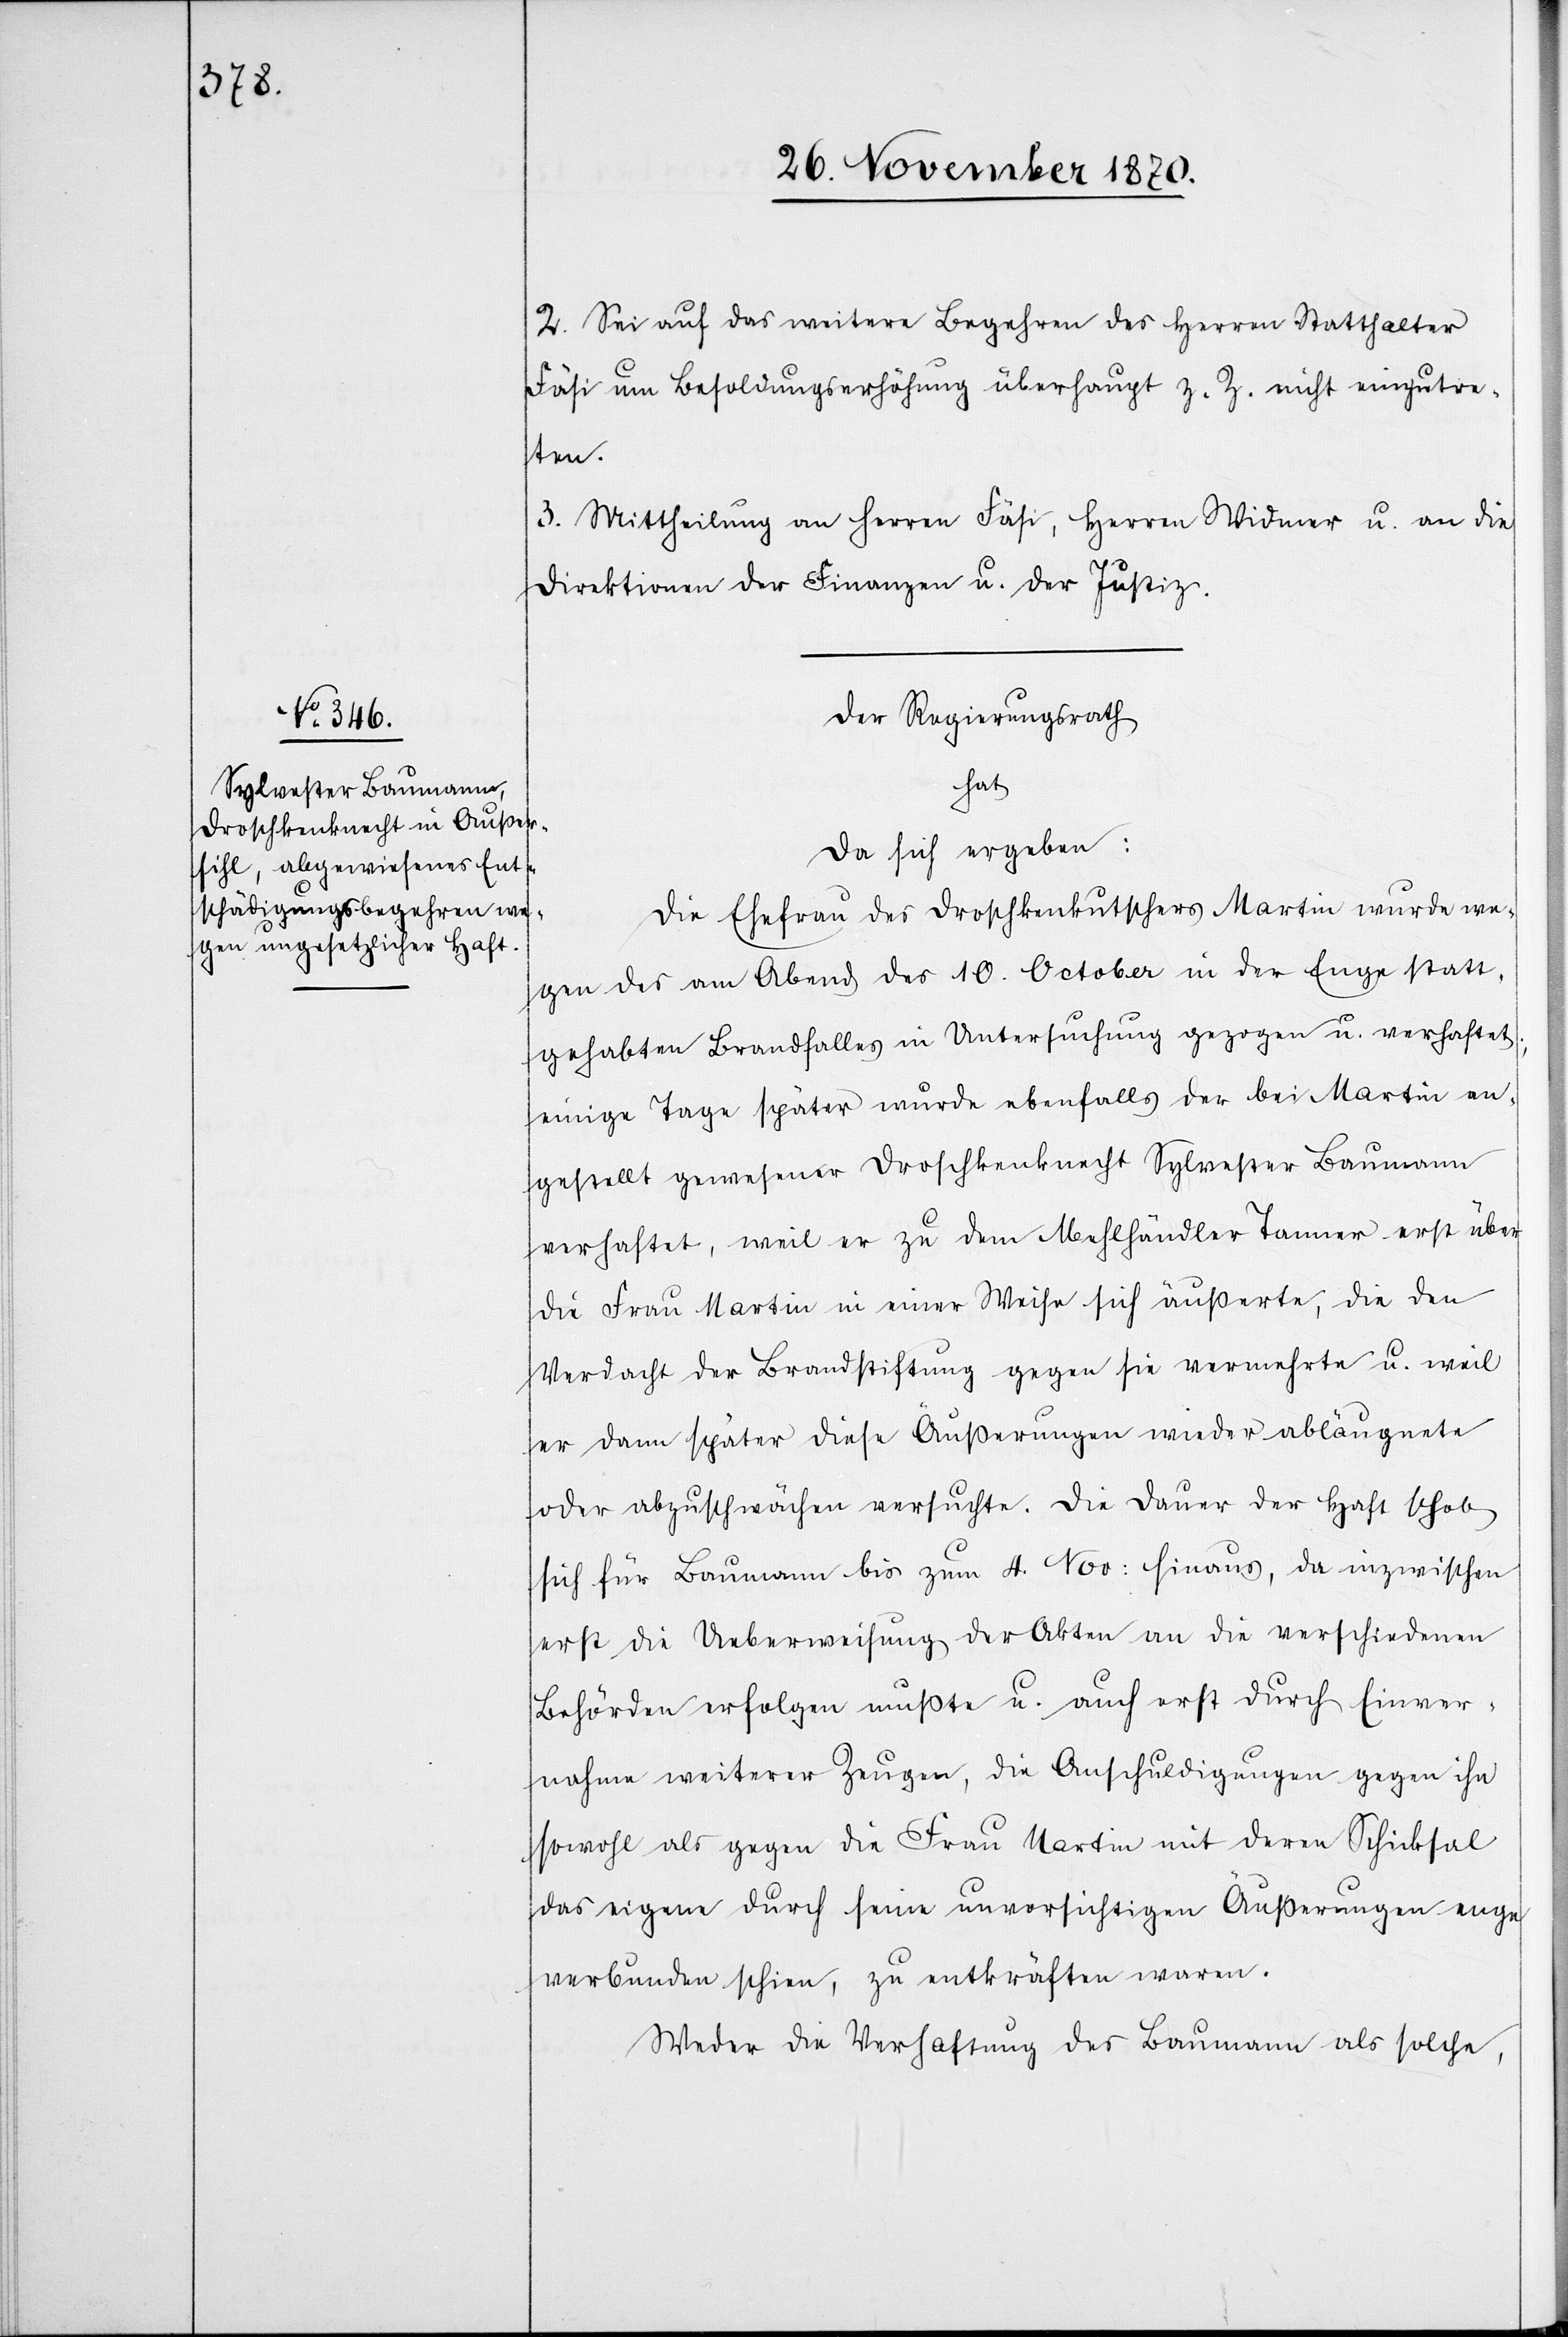
2. Sei auf das weitere Begehren des Herren Statthalter
Fäfi um Besoldungserhöhung überhaupt z. Z. nicht einzutre¬
ten.
3. Mittheilung an Herren Fäfi, Herren Widmer u. an die
Direktionen der Finanzen u. der Justiz.
Der Regierungsrath
hat
da sich ergeben:
Die Ehefrau des Droschkenkutschers Martin wurde we¬
gen des am Abend des 10. October in der Enge statt¬
gehabten Brandfalles in Untersuchung gezogen u. verhaftet;
einige Tage später wurde ebenfalls der bei Martin an¬
gestellt gewesene Droschkenknecht Sylvester Baumann
verhaftet, weil er zu dem Mehlhändler Tanner erst über
die Frau Martin in einer Weise sich äußerte, die den
Verdacht der Brandstiftung gegen sie vermehrte u. weil
er dann später diese Äußerungen wieder abläugnete
oder abzuschwächen versuchte. Die Dauer der Haft schob
sich für Baumann bis zum 4. Nov: hinaus, da inzwischen
erst die Ueberweisung der Akten an die verschiedenen
Behörden erfolgen mußte u. auch erst durch Einver¬
nahme weiterer Zeugen, die Anschuldigungen gegen ihn
sowohl als gegen die Frau Martin mit deren Schicksal
das eigene durch seine unvorsichtigen Äußerungen enge
verbunden schien, zu entkräften waren.
Weder die Verhaftung des Baumann als solche,